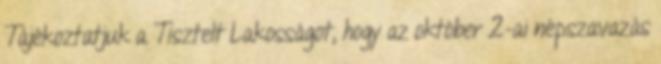
Tájékoztatjuk a Tisztelt Lakosságot, hogy az október 2-ai népszavazás